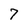
Character: 7